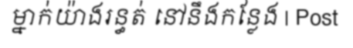
ម្នាក់យ៉ាងរន្ធត់ នៅនឹងកន្លែង | Post